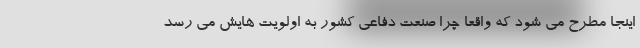
اینجا مطرح می شود که واقعا چرا صنعت دفاعی کشور به اولویت هایش می رسد